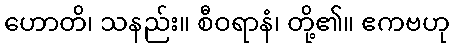
ဟောတိ၊ သနည်း။ စီဝရာနံ၊ တို့၏။ ဧကဗဟု